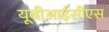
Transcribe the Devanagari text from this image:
यूबीआईसीएस